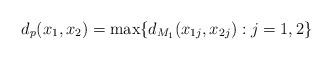
LaTeX: \begin{align*} d_{p}(x_{1},x_{2})= \max \{ d_{M_{1}}(x_{1j},x_{2j}) : j=1,2 \}\end{align*}